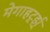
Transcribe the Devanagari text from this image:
मेगाहर्ट्झ्